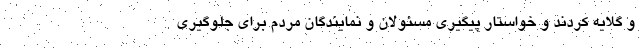
و گلایه کردند و خواستار پیگیری مسئولان و نمایندگان مردم برای جلوگیری